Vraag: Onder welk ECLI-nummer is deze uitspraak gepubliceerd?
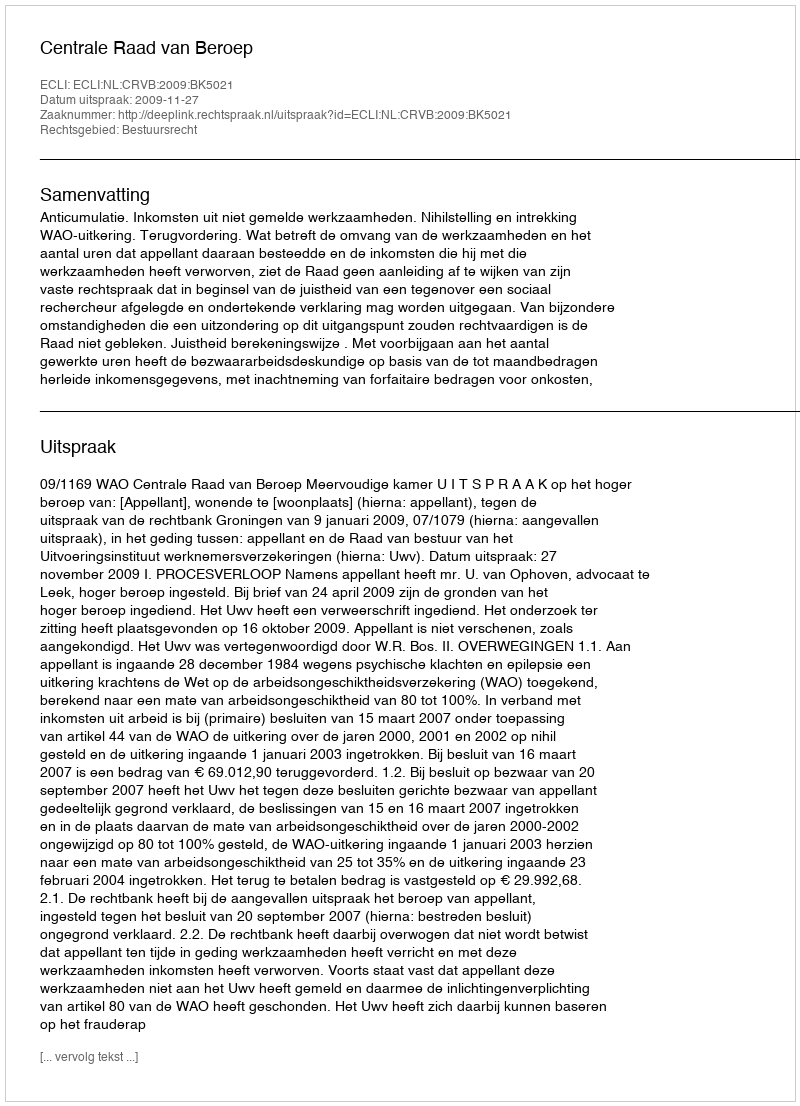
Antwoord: ECLI:NL:CRVB:2009:BK5021